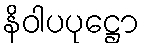
နိဝါပပုဋ္ဌော